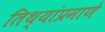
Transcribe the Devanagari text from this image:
तिथ्यांप्रमाणे